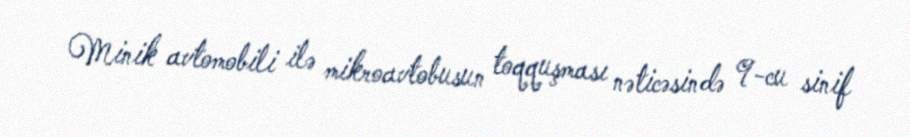
Minik avtomobili ilə mikroavtobusun toqquşması nəticəsində 9-cu sinif